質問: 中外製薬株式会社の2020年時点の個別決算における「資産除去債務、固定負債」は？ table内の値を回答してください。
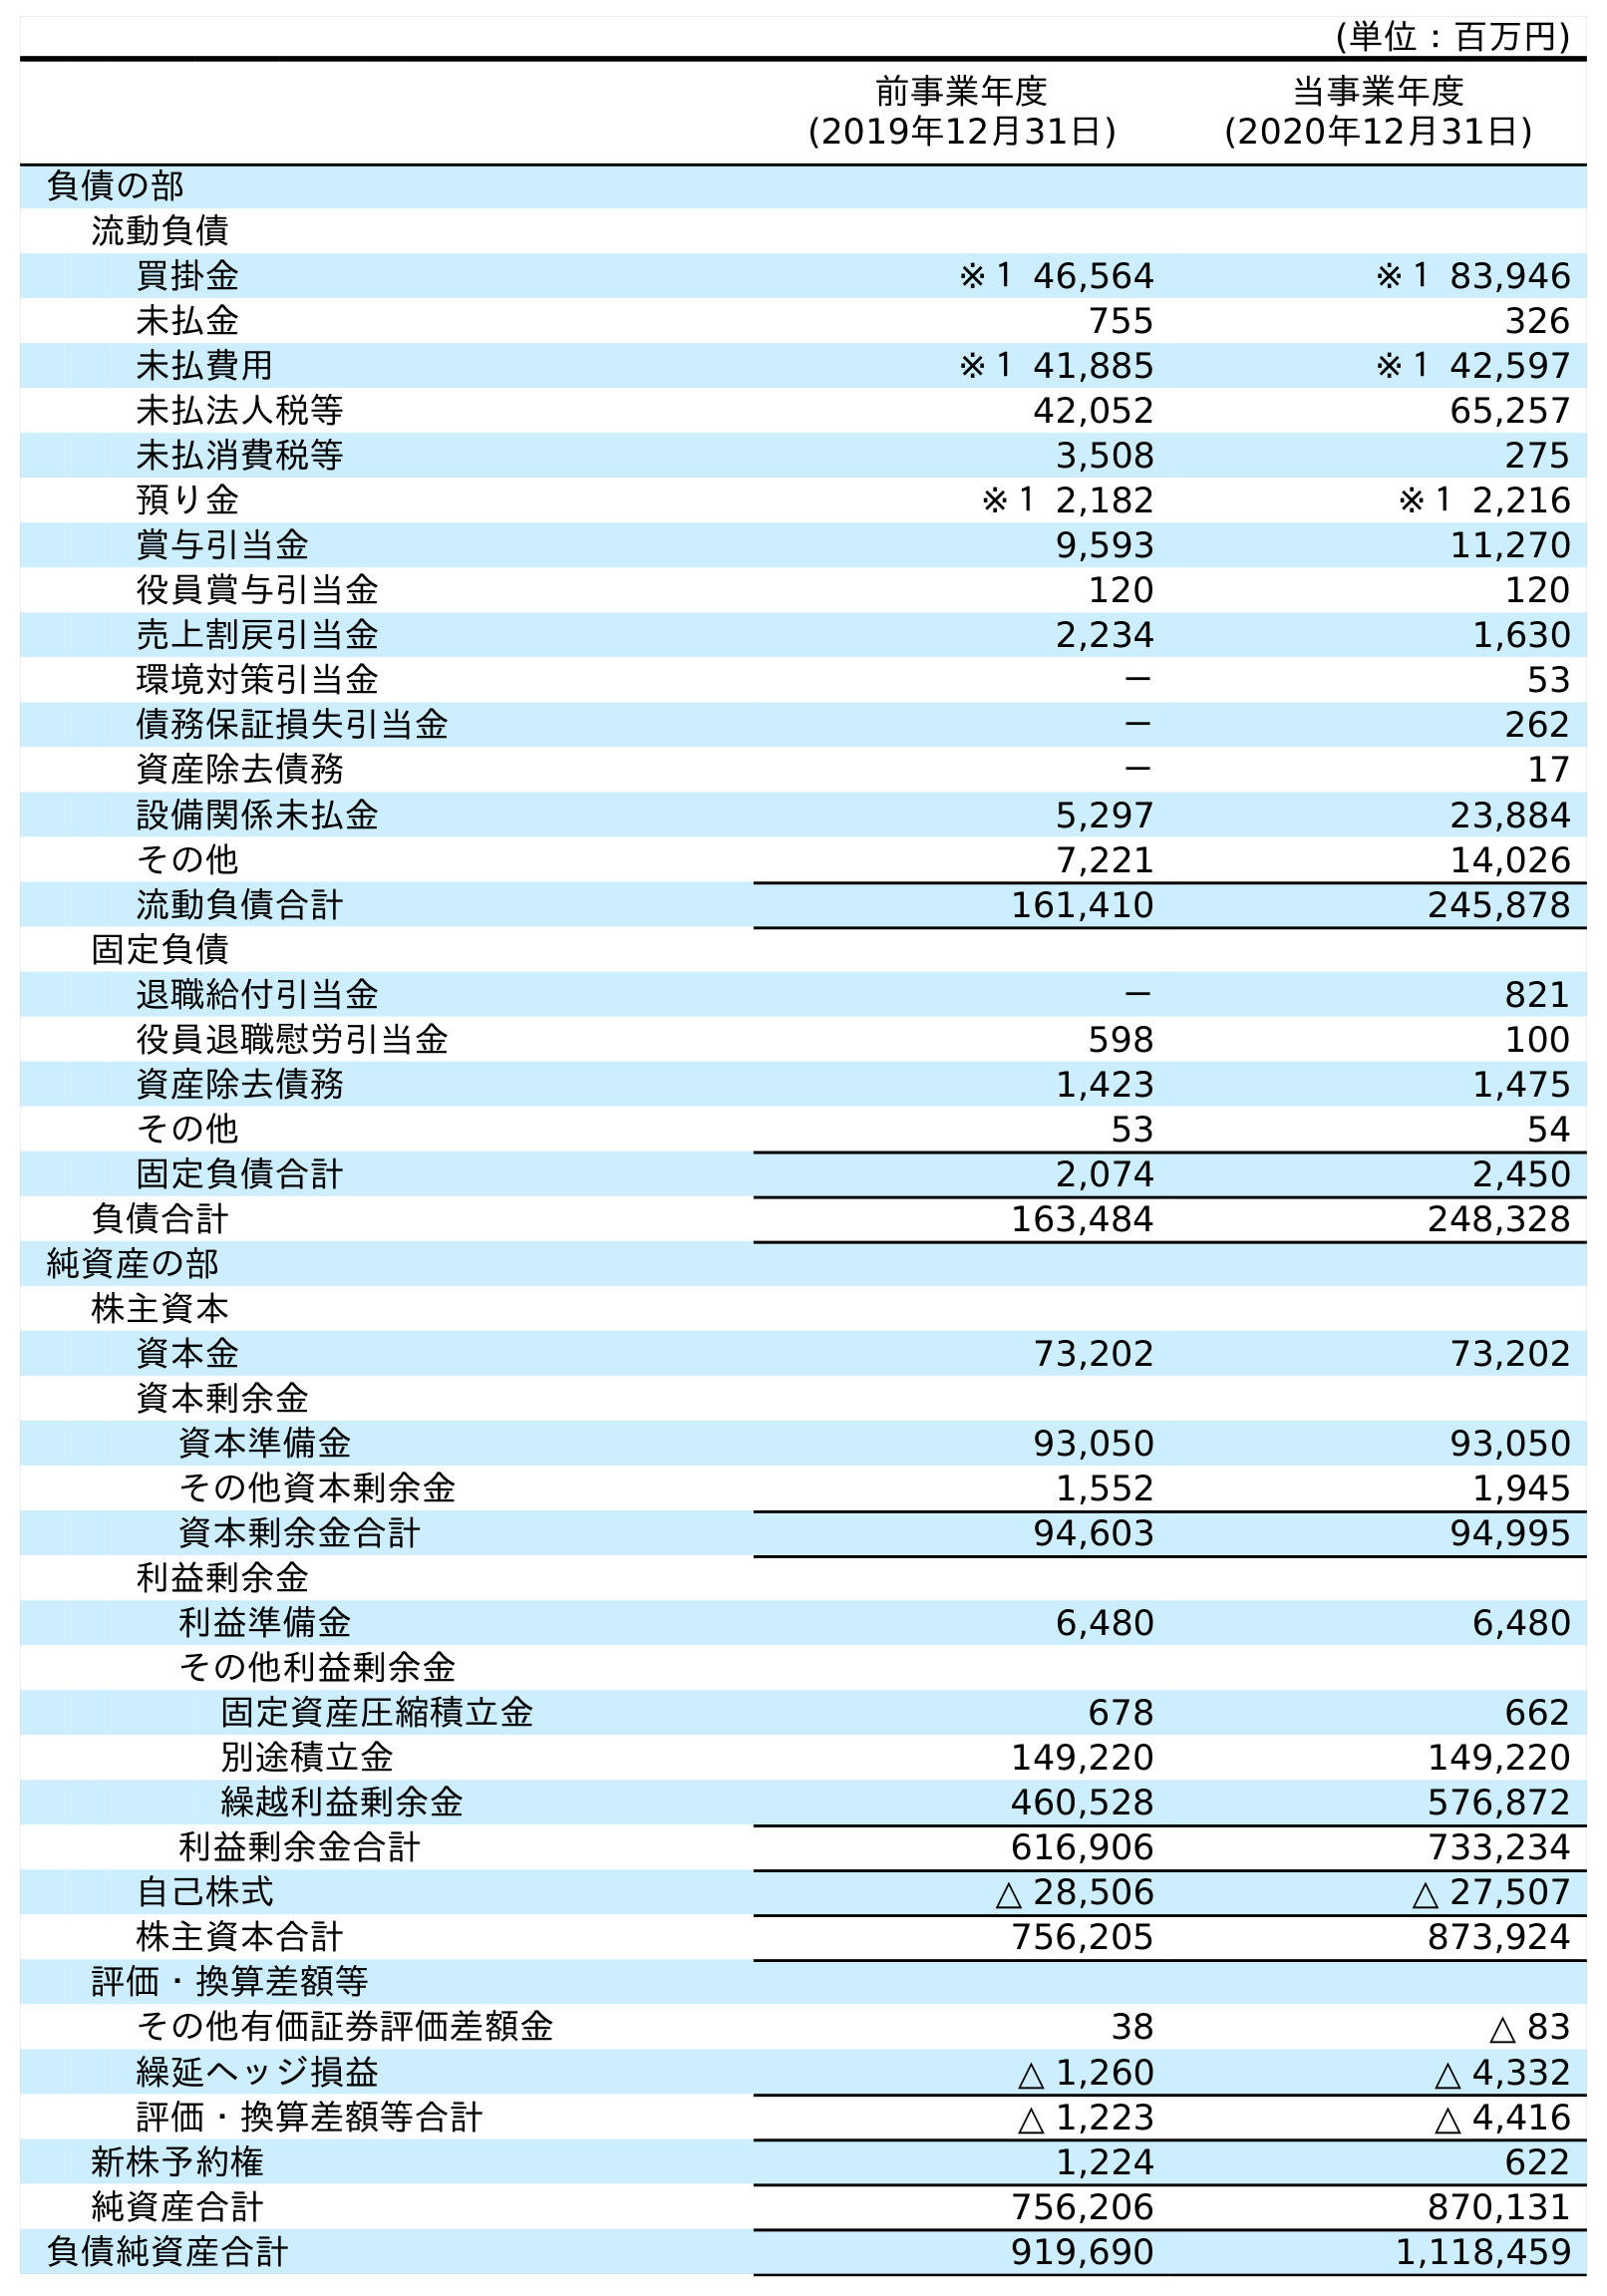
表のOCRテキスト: (単位：百万円) 前事業年度 (2019年12月31日) 当事業年度 (2020年12月31日) 負債の部 流動負債 買掛金 ※１ 46,564 ※１ 83,946 未払金 755 326 未払費用 ※１ 41,885 ※１ 42,597 未払法人税等 42,052 65,257 未払消費税等 3,508 275 預り金 ※１ 2,182 ※１ 2,216 賞与引当金 9,593 11,270 役員賞与引当金 120 120 売上割戻引当金 2,234 1,630 環境対策引当金 － 53 債務保証損失引当金 － 262 資産除去債務 － 17 設備関係未払金 5,297 23,884 その他 7,221 14,026 流動負債合計 161,410 245,878 固定負債 退職給付引当金 － 821 役員退職慰労引当金 598 100 資産除去債務 1,423 1,475 その他 53 54 固定負債合計 2,074 2,450 負債合計 163,484 248,328 純資産の部 株主資本 資本金 73,202 73,202 資本剰余金 資本準備金 93,050 93,050 その他資本剰余金 1,552 1,945 資本剰余金合計 94,603 94,995 利益剰余金 利益準備金 6,480 6,480 その他利益剰余金 固定資産圧縮積立金 678 662 別途積立金 149,220 149,220 繰越利益剰余金 460,528 576,872 利益剰余金合計 616,906 733,234 自己株式 △ 28,506 △ 27,507 株主資本合計 756,205 873,924 評価・換算差額等 その他有価証券評価差額金 38 △ 83 繰延ヘッジ損益 △ 1,260 △ 4,332 評価・換算差額等合計 △ 1,223 △ 4,416 新株予約権 1,224 622 純資産合計 756,206 870,131 負債純資産合計 919,690 1,118,459
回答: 1,475